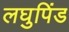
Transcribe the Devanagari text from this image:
लघुपिंड